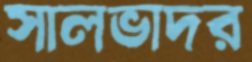
সালভাদর